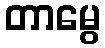
တာမွေ